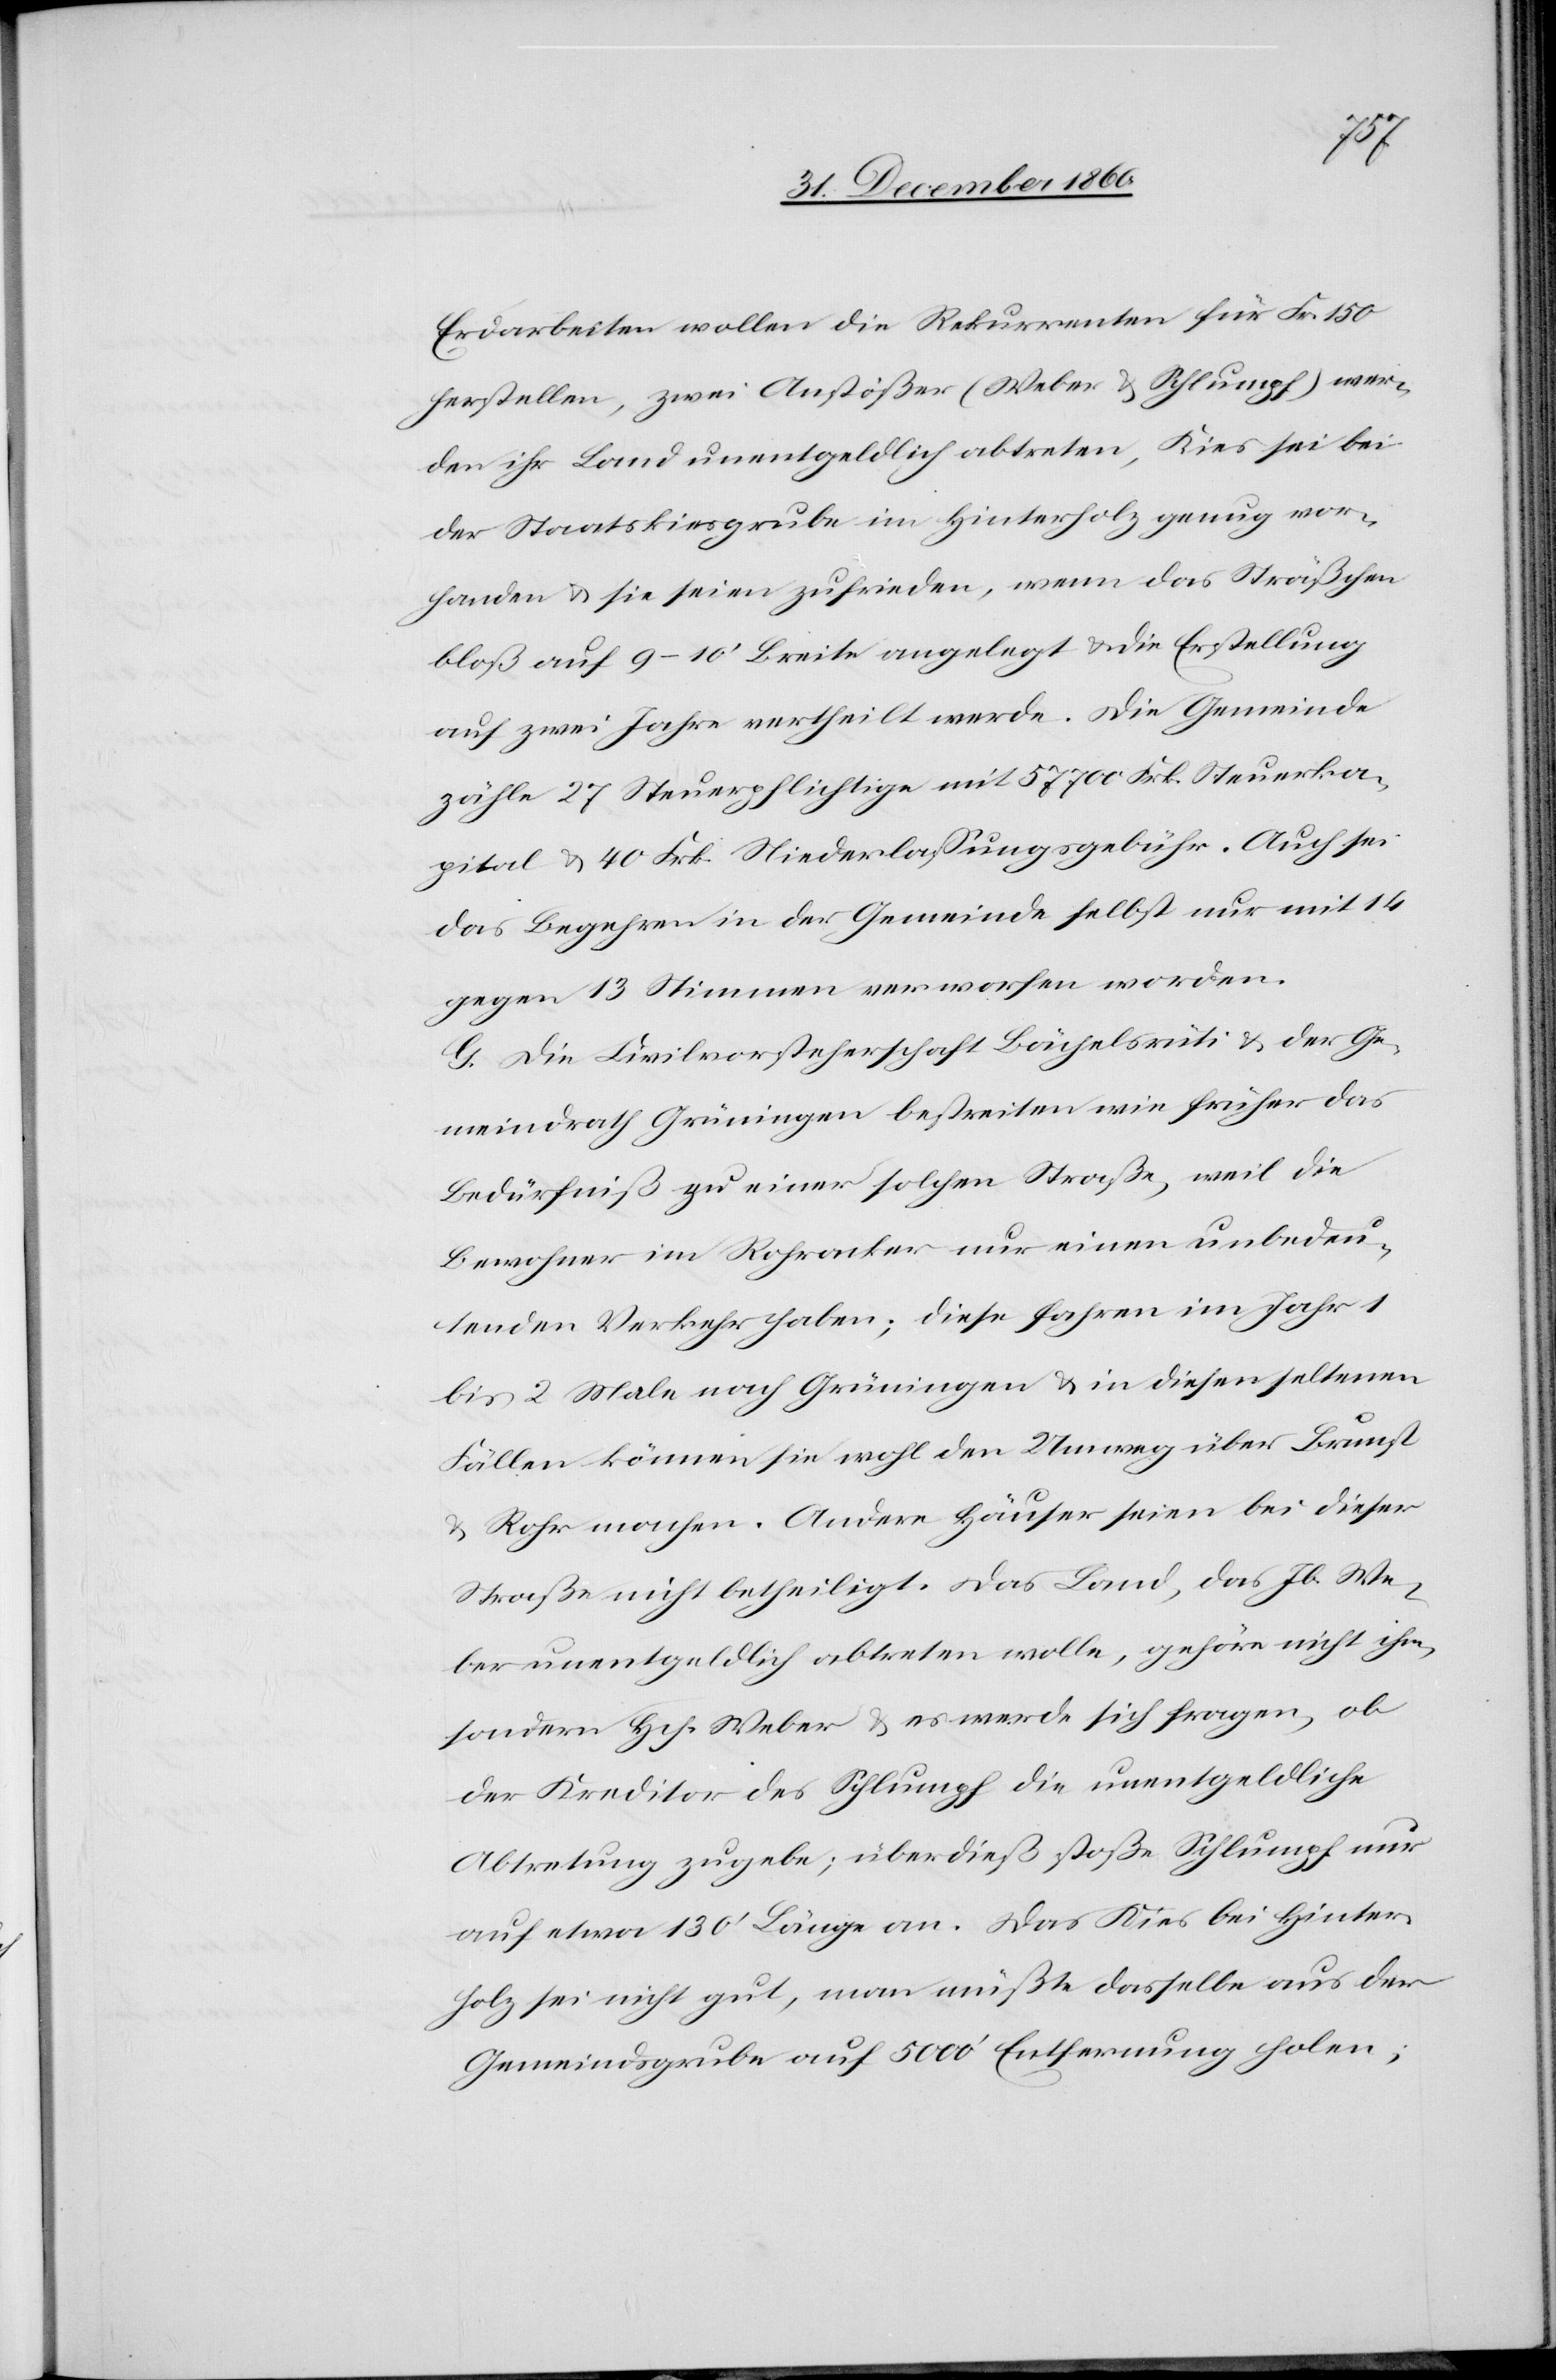
Erdarbeiten wollen die Rekurrenten für Fr. 150
herstellen, zwei Anstößer (Weber u. Schlumpf) wer¬
den ihr Land unentgeldlich abtreten, Kies sei bei
der Staatskiesgrube im Hinterholz genug vor¬
handen u. sie seien zufrieden, wenn das Sträßchen
bloß auf 9–10’ Breite angelegt u. die Erstellung
auf zwei Jahre vertheilt werde. Die Gemeinde
zähle 27 Steuerpflichtige mit 57 700 Frk. Steuerka¬
pital u. 40 Frk. Niederlassungsgebühr. Auch sei
das Begehren in der Gemeinde selbst nur mit 14
gegen 13 Stimmen verworfen worden.
G. Die Civilvorsteherschaft Bächelsrüti u. der Ge¬
meindrath Grüningen bestreiten wie früher das
Bedürfniß zu einer solchen Straße, weil die
Bewohner im Rohracker nur einen unbedeu¬
tenden Verkehr haben; diese fahren im Jahr 1
bis 2 Male nach Grüningen u. in diesen seltenen
Fällen können sie wohl den Umweg über Brunst
u. Rohr machen. Andere Häuser seien bei dieser
Straße nicht betheiligt. Das Land, das Jb. We¬
ber unentgeldlich abtreten wolle, gehöre nicht ihm,
sondern Hch. Weber u. es werde sich fragen, ob
der Kreditor des Schlumpf die unentgeldliche
Abtretung zugebe; überdieß stoße Schlumpf nur
auf etwa 130’ Länge an. Das Kies bei Hinter¬
holz sei nicht gut, man müßte dasselbe aus der
Gemeindsgrube auf 5000’ Entfernung holen,